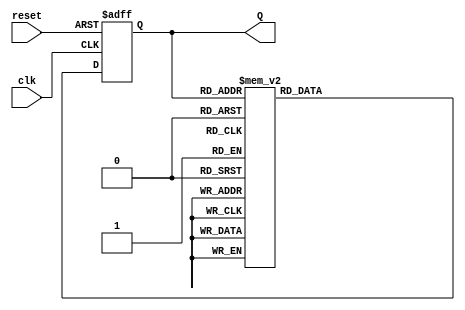
module DecadeRingCounter (
    input wire clk,        // Clock input
    input wire reset,      // Asynchronous reset input
    output reg [3:0] Q     // 4-bit output representing the current count
);

    // Initial state
    initial begin
        Q = 4'b0000; // Start in the reset state
    end

    // Sequential logic for the counter
    always @(posedge clk or posedge reset) begin
        if (reset) begin
            Q <= 4'b0000; // Reset to 0000
        end else begin
            case (Q)
                4'b0000: Q <= 4'b0001;
                4'b0001: Q <= 4'b0010;
                4'b0010: Q <= 4'b0011;
                4'b0011: Q <= 4'b0100;
                4'b0100: Q <= 4'b0101;
                4'b0101: Q <= 4'b0110;
                4'b0110: Q <= 4'b0111;
                4'b0111: Q <= 4'b1000;
                4'b1000: Q <= 4'b1001;
                4'b1001: Q <= 4'b0000; // Wrap around to 0000
                default: Q <= 4'b0000; // Default case
            endcase
        end
    end

endmodule